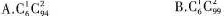
A. C_{6}^{1}C_{q4}^{2} B. C_{6}^{1}C_{99}^{2}